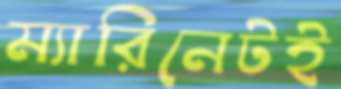
ম্যারিনেটই